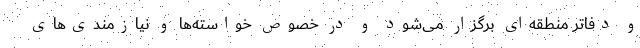
و دفاتر منطقه‌ای برگزار می‌شود و در خصوص خواسته‌ها و نیازمندی‌های